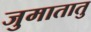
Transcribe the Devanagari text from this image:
जुमातातु